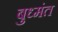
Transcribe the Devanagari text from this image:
बुध्मंत